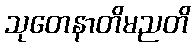
သုတေနာတိမညတိ